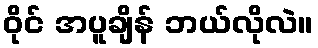
ဝိုင် အပူချိန် ဘယ်လိုလဲ။